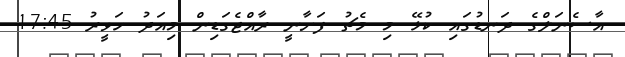
އާސެނަލްގެ ދަނޑުގައި ކުޅޭ މި މެޗު ފަށާނީ ރާއްޖެގަޑިން މިއަދު ހަވީރު 17:45